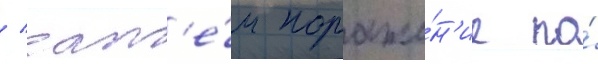
/ зат'е́м пораже́н'ие по́